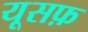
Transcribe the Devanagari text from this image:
यूसफ़